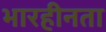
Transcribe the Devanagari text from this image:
भारहीनता